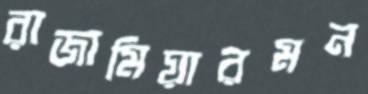
রাজামিয়ারমন